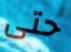
حتى